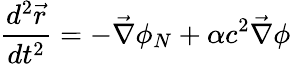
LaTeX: \frac{d^{2}\vec{r}}{dt^{2}}=-\vec{\nabla}\phi_{N}+\alpha c^{2}\vec{\nabla}\phi